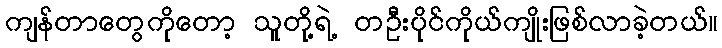
ကျန်တာတွေကိုတော့ သူတို့ရဲ့ တဦးပိုင်ကိုယ်ကျိုးဖြစ်လာခဲ့တယ်။